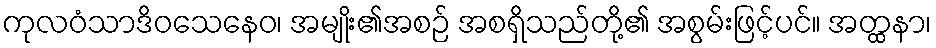
ကုလဝံသာဒိဝသေနေဝ၊ အမျိုး၏အစဉ် အစရှိသည်တို့၏ အစွမ်းဖြင့်ပင်။ အတ္ထနာ၊